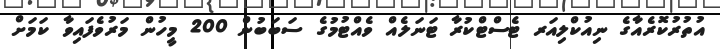
އުތުރުކޮރެއާގެ ނިއުކްލިއަރ ޓެސްޓްކުރާ ޓަނަލެއް ވެއްޓުމުގެ ސަބަބުން 200 މީހުން މަރުވެފައިވާ ކަމަށް